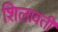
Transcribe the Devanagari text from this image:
शिलावती